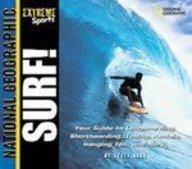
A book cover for Surf: Your Guide to Longboarding, Shortboarding, Tubing, Aerials, Hanging Ten, and More (Extreme Sports); Scott Bass; Teen & Young Adult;